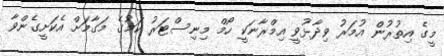
މީގެ އިތުރުން އުމަރު ވިދާޅުވީ އިމްރާނަކީ ހޯމް މިނިސްޓަރު ކަމުގެ މަގާމަށް އެކަށީގެންވާ